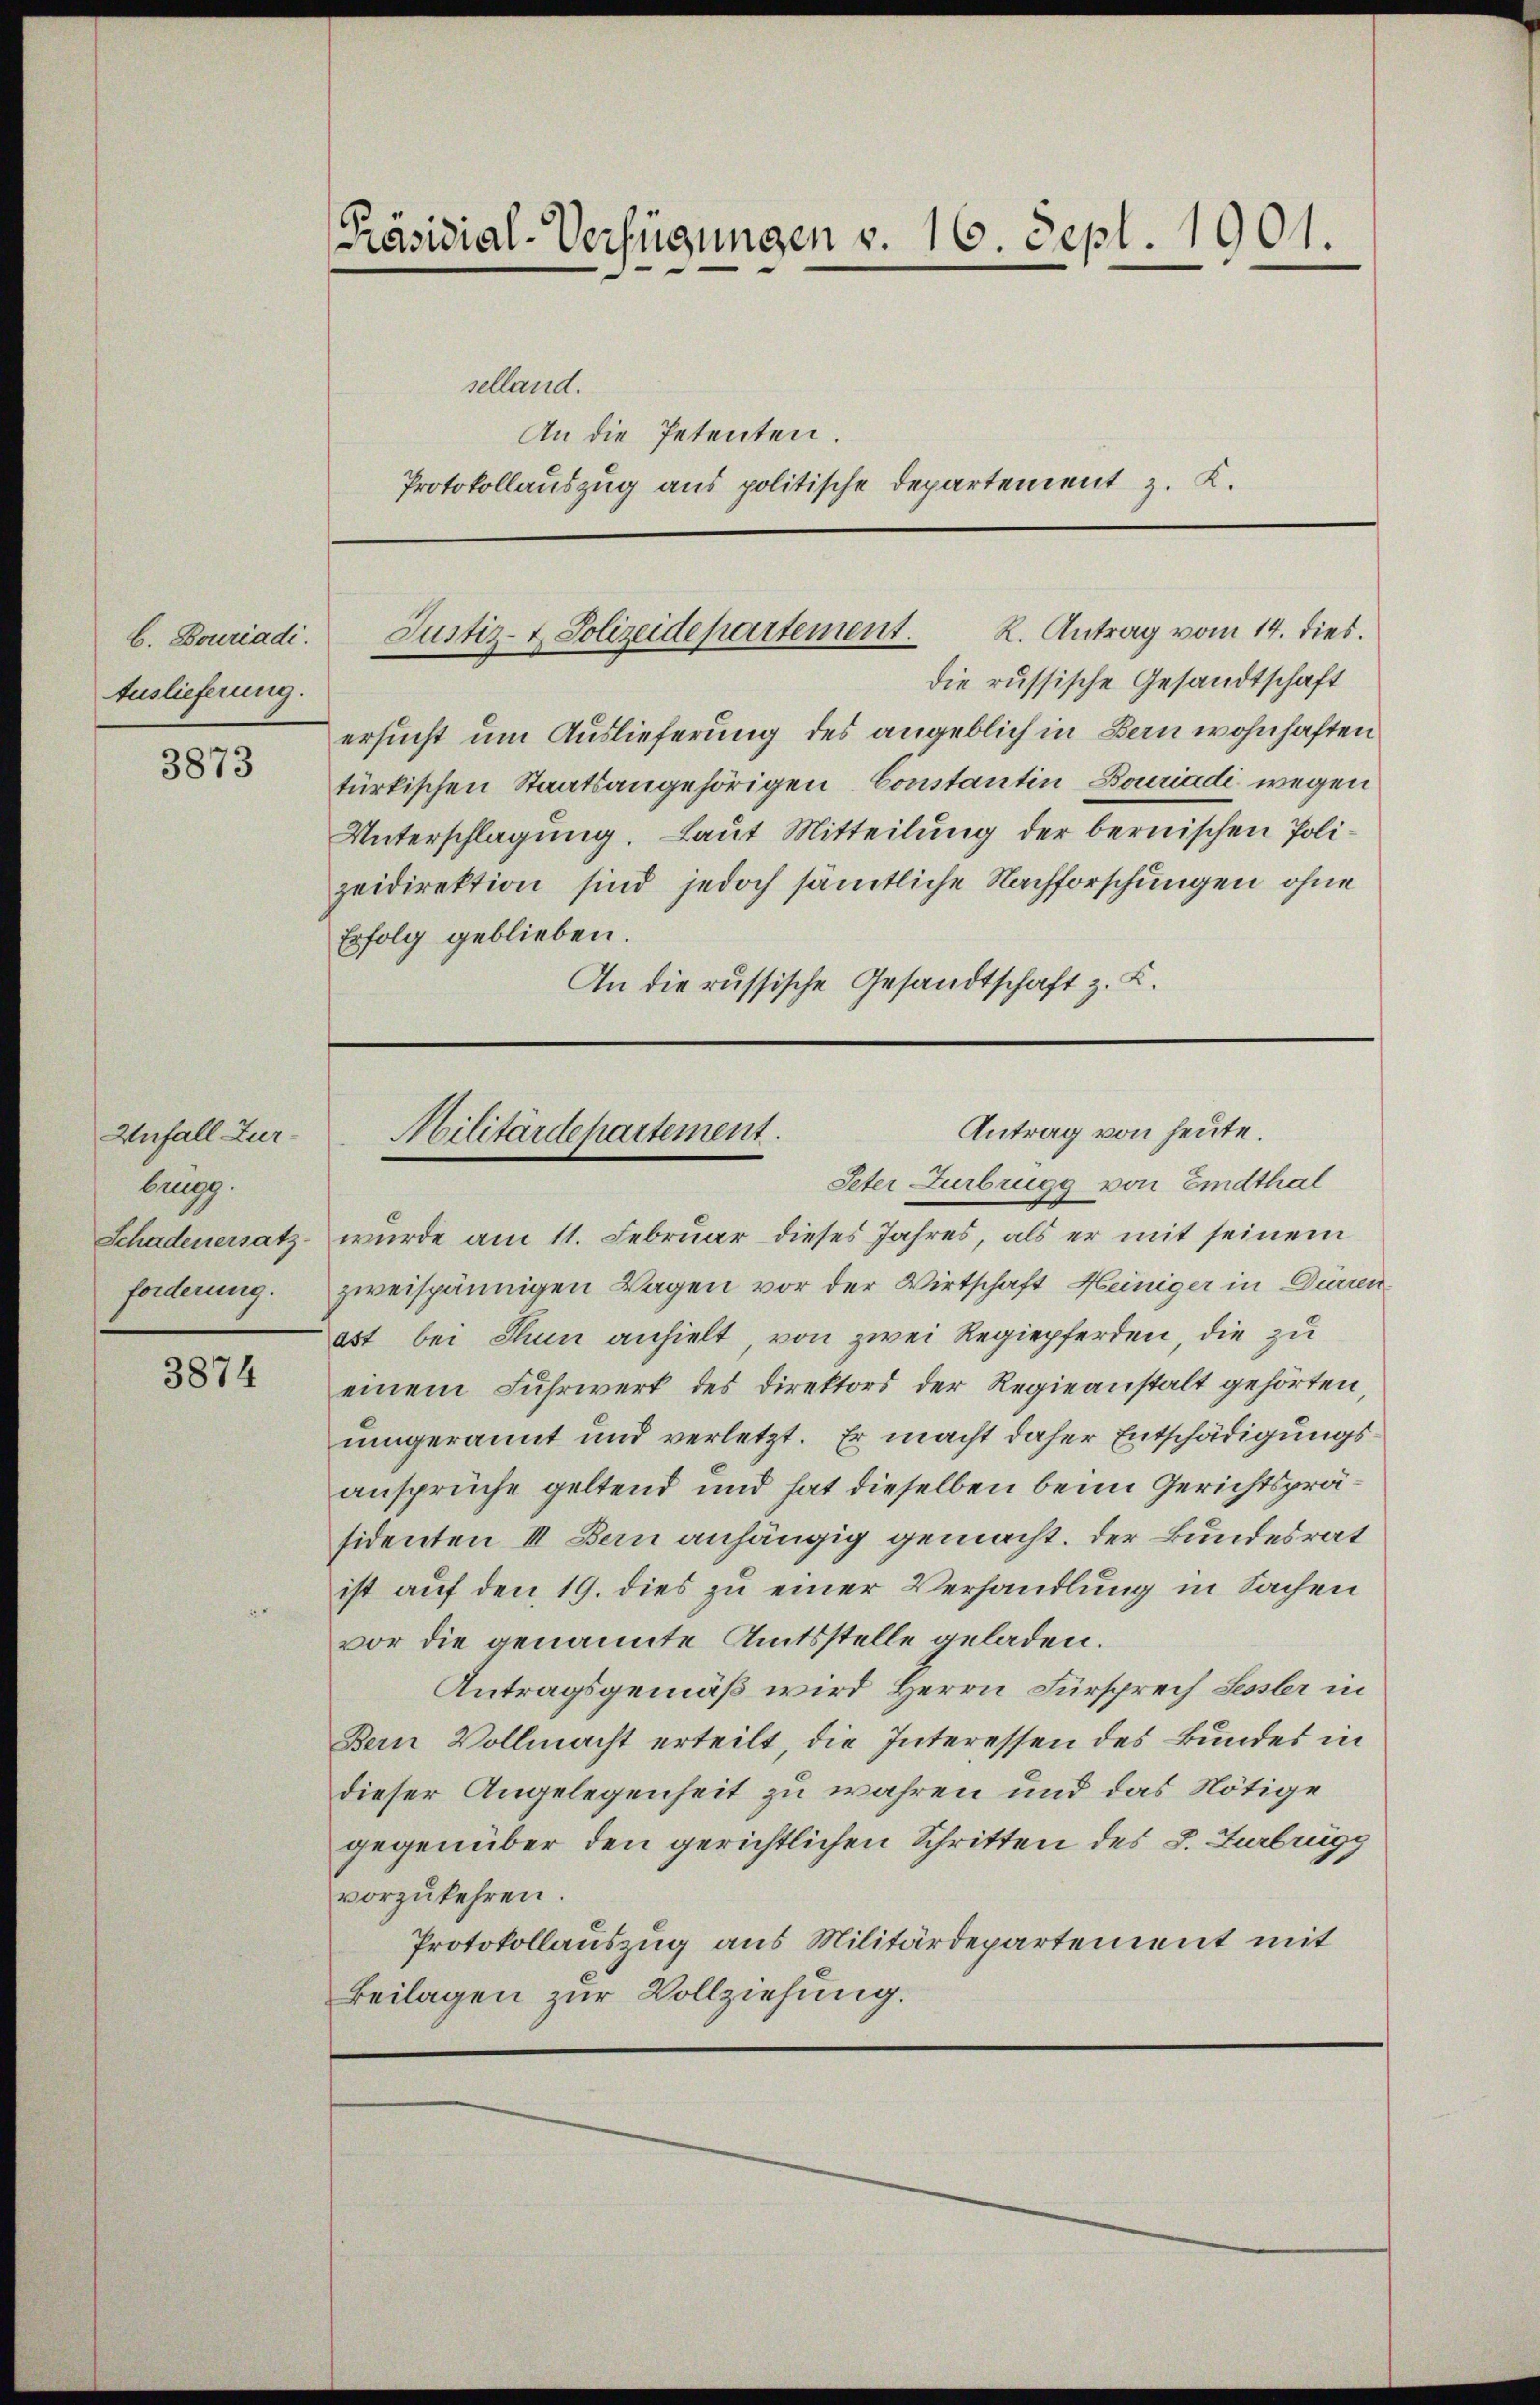
C. Bouriadi.
Auslieferung.

3873

Unfall Zurbrugg.
Schadenersatz
forderung.

3874

Präsidial-Verfügungen v. 16. Sept. 1901.

selland.
An die Petenten.
Protokollauszug aus politische Departement z. K.

die russische Gesandtschaft
ersucht um Auslieferung des angeblich in Bern wohnhaften
türkischen Staatsangehörigen Constantin Bouriadi wegen
Unterschlagung. Laut Mitteilung der bernischen Polizeidirektion sind jedoch sämtliche Nachforschungen ohne
Erfolg geblieben.
An die russische Gesandtschaft z. B.

Justiz- & Polizeidepartement. K. Antrag vom 14. dies

Antrag von heute.
Militärdepartement.
Peter Zurbrügg von Eindthal

wurde am 11. Februar dieses Jahres, als er mit seinem
zweispännigen Wagen vor der Wirtschaft Heiniger in Durrenast bei Thun anhielt, von zwei Regiepferden, die zu
einem Fuhrwerk des Direktors der Regieanstalt gehörten,
uingerannt und verletzt. Er macht daher Entschädigungsansprüche geltend und hat dieselben beim Gerichtspräsidenten II. Bern anhängig gemacht. Der Bundesrat
ist auf den 19. dies zu einer Verhandlung in Sachen
vor die genannte Amtsstelle geladen.
Antragsgemäß wird Herrn Fürsprech Sesser in
Bern Vollmacht erteilt, die Interessen des Bundes in
dieser Angelegenheit zu wahren und das Nötige
gegenüber den gerichtlichen Schritten des L. Zurbrügg
vorzukehren.
Protokollauszug aus Militärdepartement mit
Beilagen zur Vollziehung.